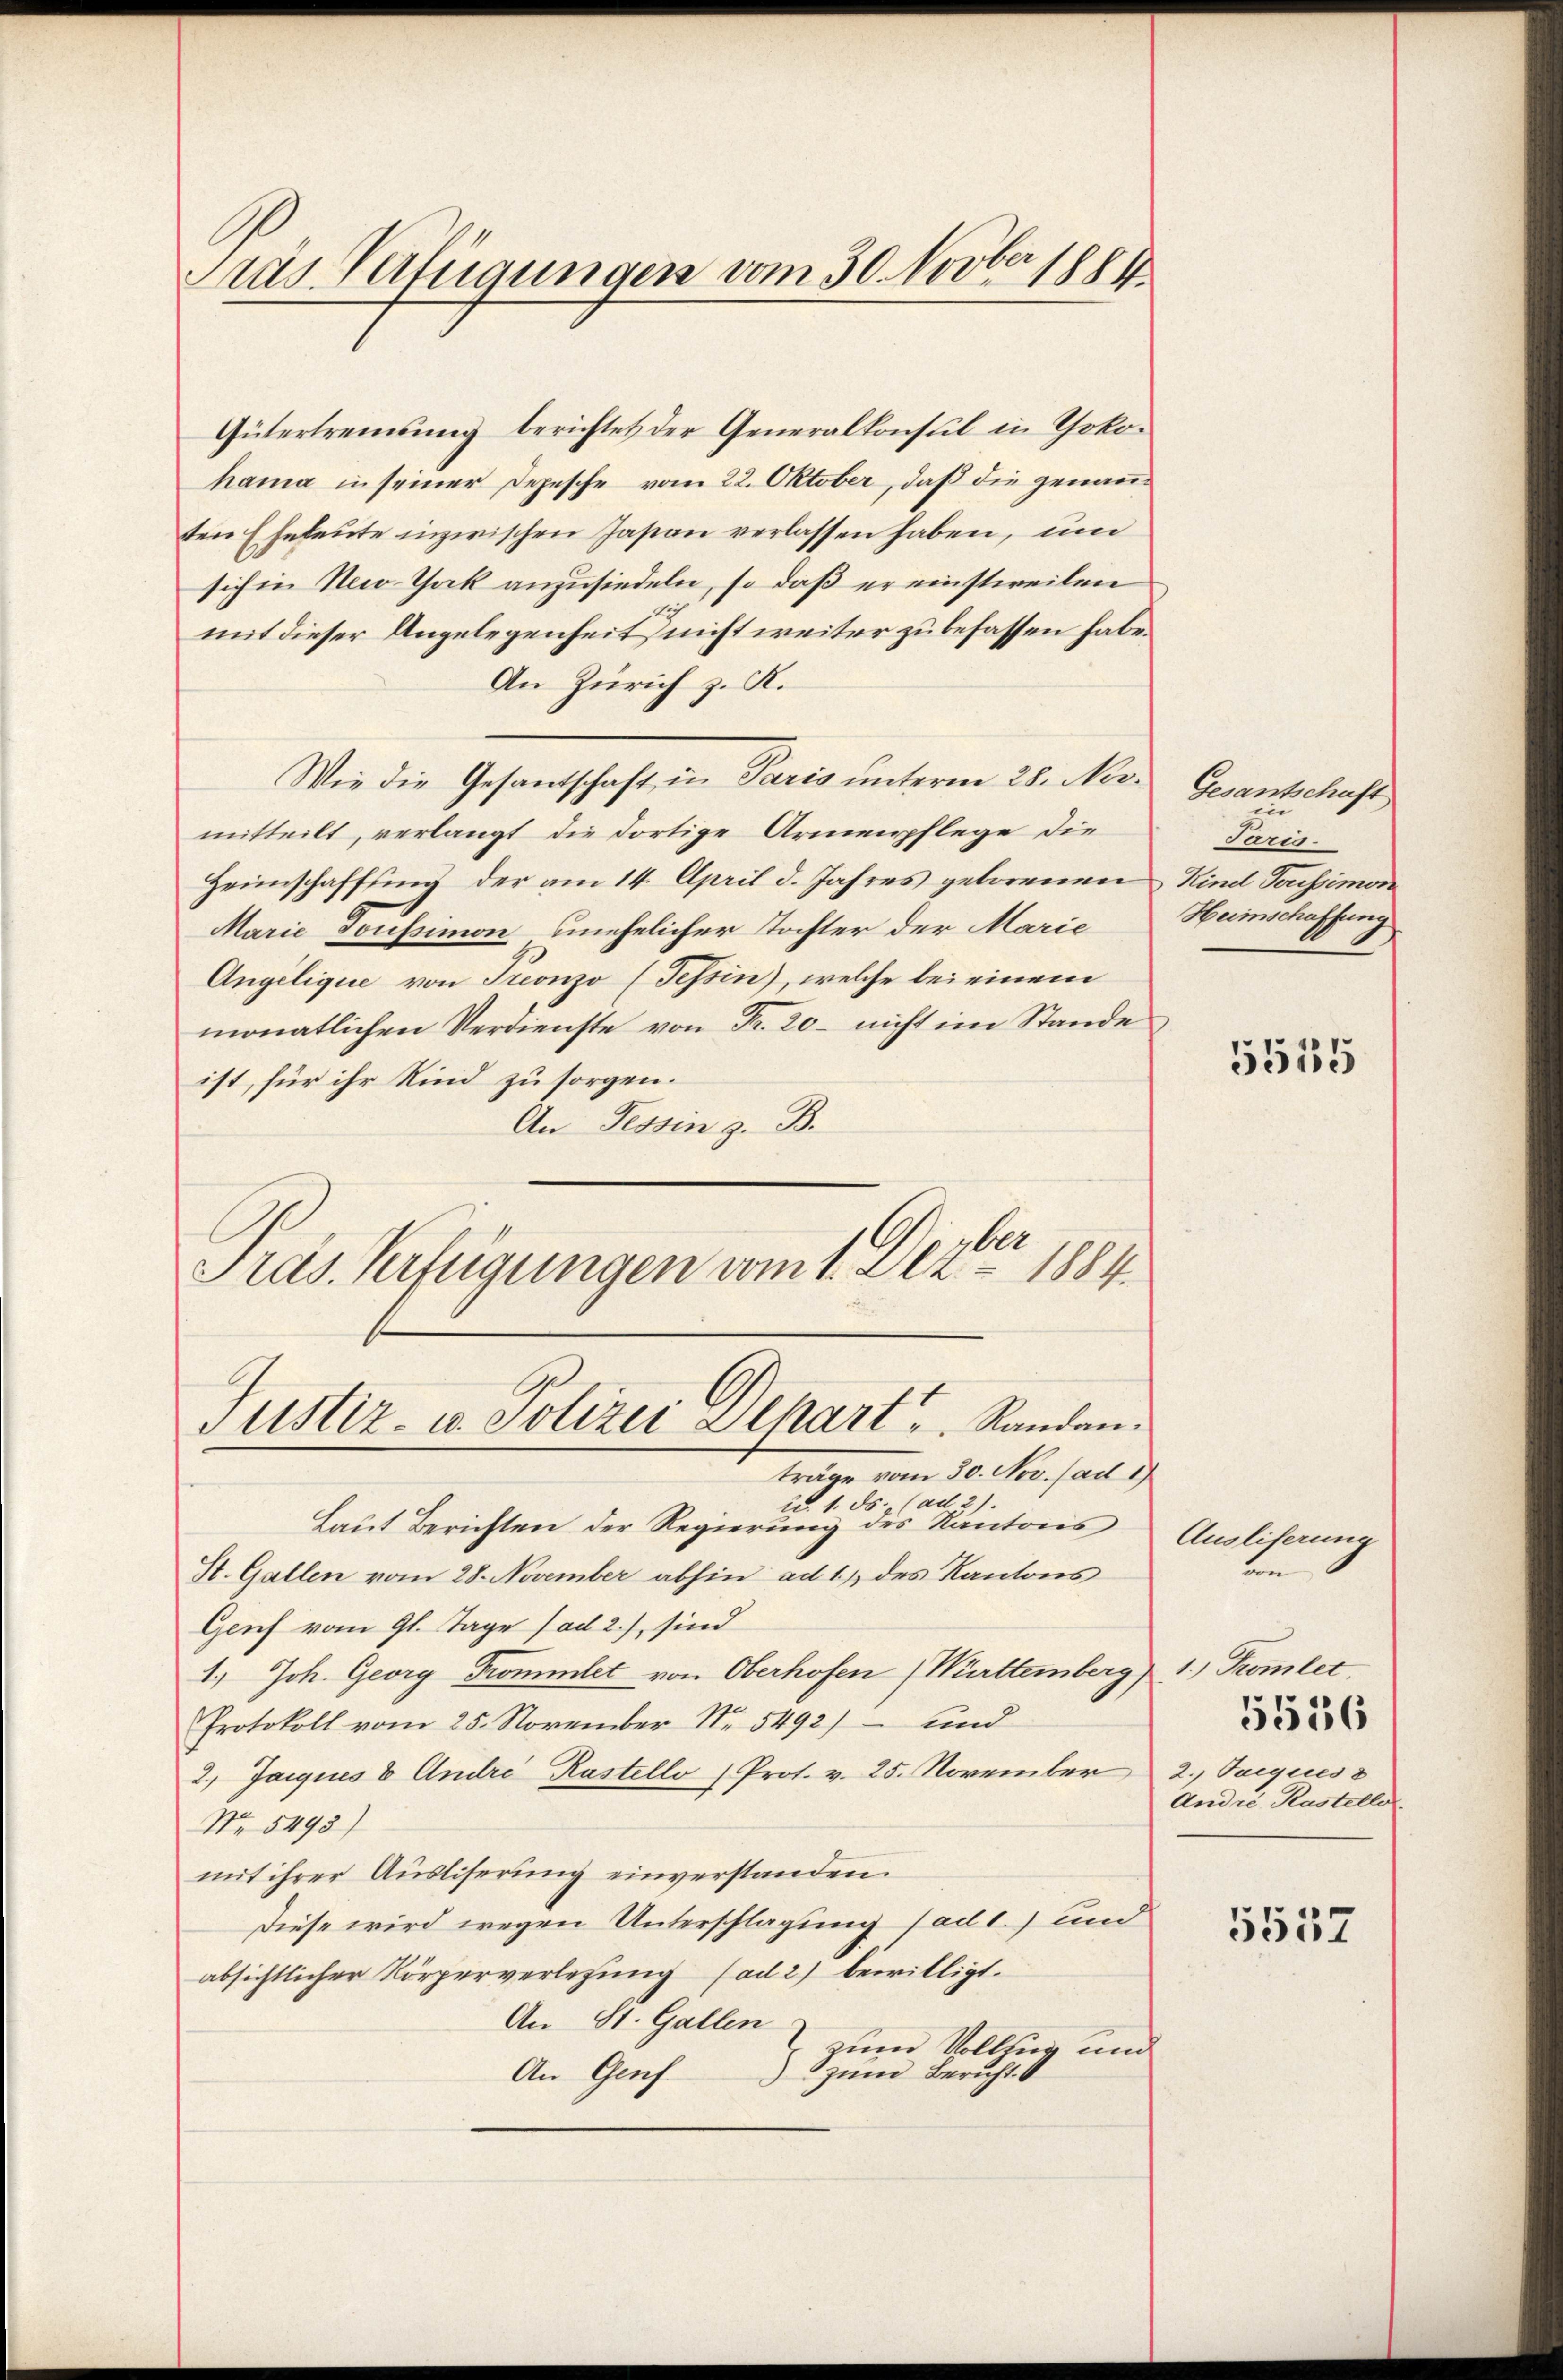
Pras Verfügungen vom 30. Novber 1884

Gütertreidung berichtet der Generalkonsul in Yokohama in seiner Depesche vom 22. Oktober, daß die genauten Eheleute inzwischen Jasan verlassen haben, un
sich in New-Jak anzusiedeln, so daß er einstweilen
mit dieser Angelegenheit nicht weiter zu befassen habe.
An Zürich z. R.
Wie die Gesantschaft in Paris unterm 28. Nov.
mitteilt, verlangt die dortige Armenpflege die
Heimschaffung der am 14. April d. Jahres geborenen
Marie soussimon unehelicher Tochter der Marie
Angelique von Tronzo (Tessin, welche bei einem
monatlichen Verdienste von Fr. 20 – nicht im Stande
ist, für ihr Kind zu sorgen.
An Tessin z. B.
Justiz- u. Polizei Dehart u. Standen.
träge vom 30. No. Jan.
u. 1. ds. (ad 2)
Laut Berichten der Regierung des Kantons
St. Gallen vom 28. November abhin ad 1) des Kantons
Genf vom 91. Tage (ad 2.), sind
1.) Joh. Georg Frommlet von Oberhofen (Württemberg 1.) Promlec
Protokoll vom 25. November Nr. 5492) und
2.) Jacques & Andre Kastello Prot. v. 25. November
No. 5495)
mit ihrer Aŭsliserŭng einverstanden.
Diese wird wegen Unterschlagung (ad 1.) und
absichtlicher Körperverlegung (ad 2) bewilligt.
An St. Gallen
zum Volling und
zum Bericht
An Genf

Pras. Verfügungen vom 1. Dez. 1884

Gesantschaft
zie
Paris.
Kind Tessimon
Heimschaffung

5555

Ausliferung
den
5556
2. Tuiques 8
Andre Rustelle

5537